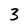
Character: 3